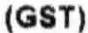
(GST)